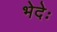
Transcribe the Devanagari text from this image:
भेदेः